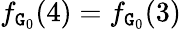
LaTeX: f_{\mathtt{G}_{0}}(4)=f_{\mathtt{G}_{0}}(3)